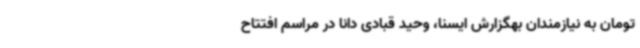
تومان به نیازمندان بهگزارش ایسنا، وحید قبادی دانا در مراسم افتتاح